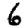
Digit: 6